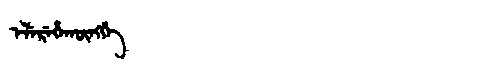
Manchu: ᡝᠯᡝᡵᡝᡥᠠᡴᡡᠩᡤᡝ
Romanization: ELEREHAKŪNGGE